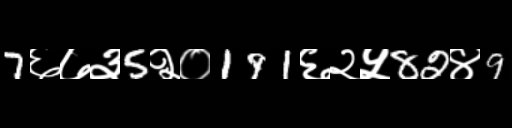
Text: 7६७३5२०191६२५82४9